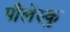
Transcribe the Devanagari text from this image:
पौलेस्कु